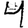
Digit: 4